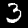
Label: 3